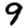
Digit: 9